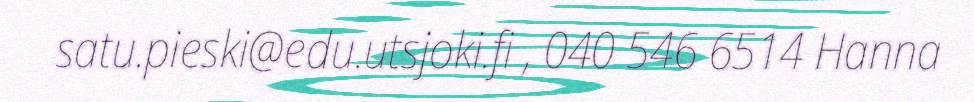
satu.pieski@edu.utsjoki.fi , 040 546 6514 Hanna